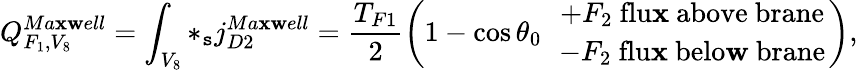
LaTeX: Q_{F_{1},V_{8}}^{Ma\mathbf{x}\mathbf{w}ell}=\int_{V_{8}}*_{\mathtt{s}}j_{D2}^{Ma\mathbf{x}\mathbf{w}ell}=\frac{{T_{F1}}}{{2}}\left(1-\cos\theta_{0}\ \ {+F_{2}\ {\mathrm{{flu\mathbf{x}\ above\ brane}}}\atop{-F_{2}\ \mathrm{{flu\mathbf{x}\ belo\mathbf{w}\ brane}}}}\right),